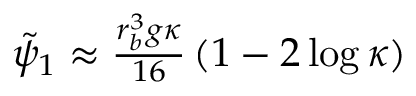
\begin{array} { r } { \tilde { \psi } _ { 1 } \approx \frac { r _ { b } ^ { 3 } g \kappa } { 1 6 } \left( 1 - 2 \log \kappa \right) } \end{array}